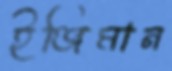
ইঞ্জিমান